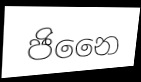
ජිනෛ